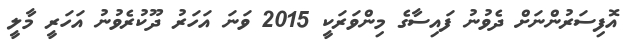
އޮފިސަރުންނަށް ދެވުނު ފައިސާގެ މިންވަރަކީ 2015 ވަނަ އަހަރު ދޫކުރެވުނު އަހަރީ މާލީ